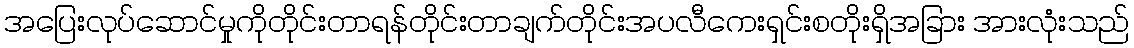
အပြေးလုပ်ဆောင်မှုကိုတိုင်းတာရန်တိုင်းတာချက်တိုင်းအပလီကေးရှင်းစတိုးရှိအခြား အားလုံးသည်